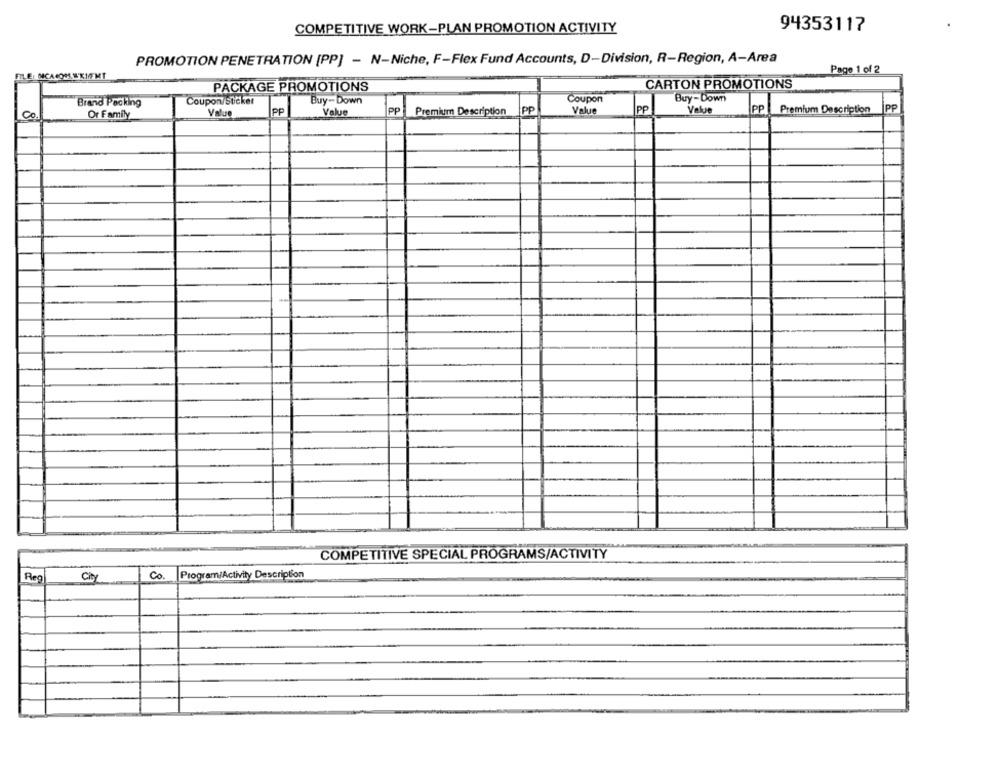
COMPETITIVE WORK-PLAN PROMOTION ACTIVITY
94353117
PROMOTION PENETRATION [PP] - N-Niche, F-Flex Fund Accounts, D-Division, R-Region, A-Area
Page 1 of 2
FILE: MCACOM. 'KM/MT
CARTON PROMOTIONS
PACKAGE PROMOTIONS
Coupon/Sticker
Buy-Down
Coupon
Buy-Down
Brand Packing
Value
PP
Value
PP
PP
Co
Or Family
Value
PP
Value
PP
Premium Description
Pp
Premium Description
COMPETITIVE SPECIAL PROGRAMS/ACTIVITY
Co.
Program/Activity Description
Reg
City